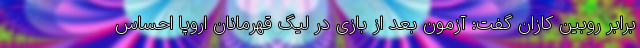
برابر روبین کازان گفت: آزمون بعد از بازی در لیگ قهرمانان اروپا احساس